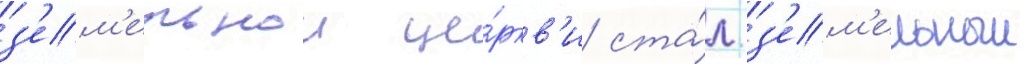
з'ем'ельнои це́ркв'и ста́л з'ем'ельныи